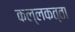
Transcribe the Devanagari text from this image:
कल्‍लकत्‍ता